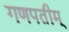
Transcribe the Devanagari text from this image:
गणपतीम्